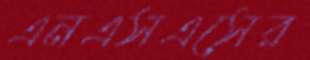
এনএসএসের